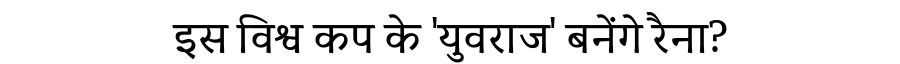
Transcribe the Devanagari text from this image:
इस विश्व कप के 'युवराज' बनेंगे रैना?